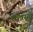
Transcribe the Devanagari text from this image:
श्रावस्‍ती